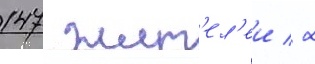
147 жит'ел'еи / 2